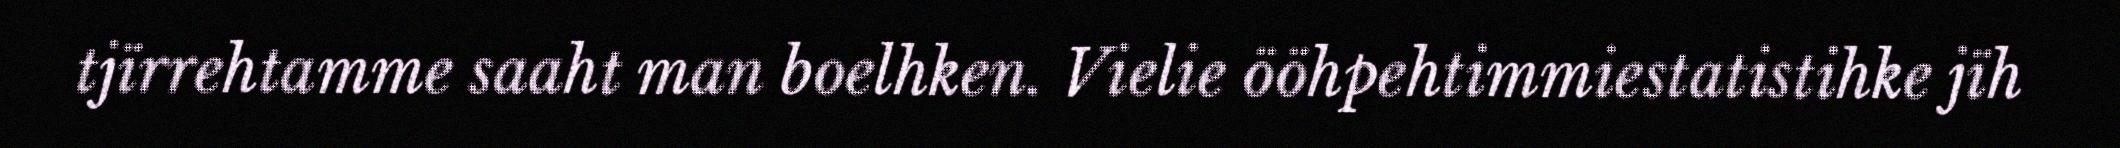
tjïrrehtamme saaht man boelhken. Vielie ööhpehtimmiestatistihke jïh